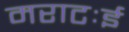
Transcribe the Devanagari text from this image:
मराटःई